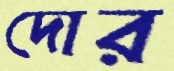
দোর